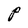
Character: P